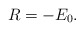
\begin{align*} R = - E_0.\end{align*}